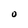
Character: O